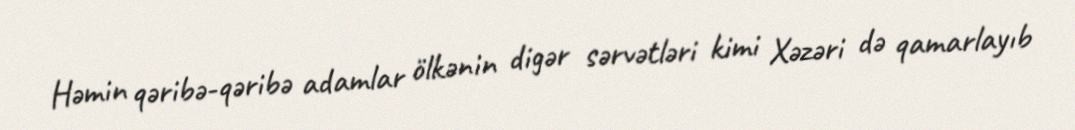
Həmin qəribə-qəribə adamlar ölkənin digər sərvətləri kimi Xəzəri də qamarlayıb